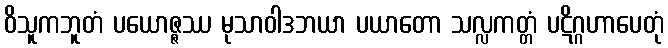
ဝိသူကဘူတံ ပယောဇ္ဇဿ မုသာဝါဒဘယာ ပယာတော သလ္လကတ္တံ ပဋိဂ္ဂဟာပေတုံ